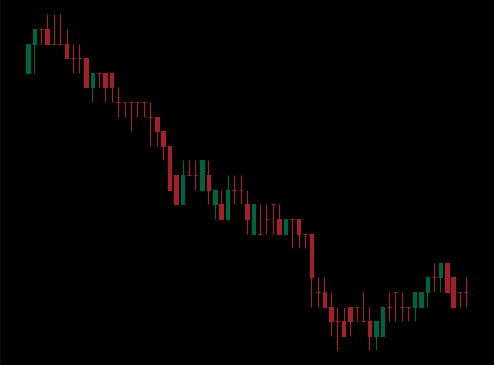
Pattern: bull_flag